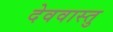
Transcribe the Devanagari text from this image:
देववास्तु